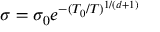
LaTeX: \sigma = \sigma _ { 0 } e ^ { - ( T _ { 0 } / T ) ^ { 1 / ( d + 1 ) } }